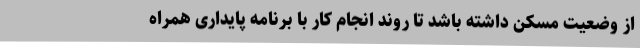
از وضعیت مسکن داشته باشد تا روند انجام کار با برنامه پایداری همراه